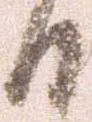
る